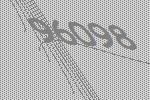
96098